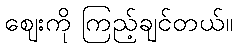
ဈေးကို ကြည့်ချင်တယ်။